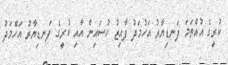
ކުރީގެ އުއްތަމަ ފަނޑިޔާރު އަހުމަދު ފާއިޒު ހުސައިން އާއި ކުރީގެ ފަނޑިޔާރު އަހްމަދު